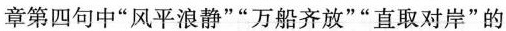
章第四句中”风平浪静””万船齐放””直取对岸”的